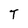
Character: T